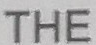
THE